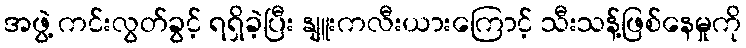
အဖွဲ့ ကင်းလွတ်ခွင့် ရရှိခဲ့ပြီး နျူးကလီးယားကြောင့် သီးသန့်ဖြစ်နေမှုကို